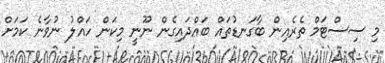
މި ސިސްޓަމް ތެރެއިން ބާގަނޑުތައް ބައްދައިގެން ނޫނީ މިކަން ހައްލު ނުވާނެ ކަމަށް